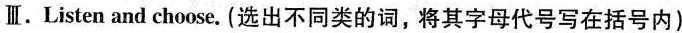
Ⅲ.Listen and choose. (选出不同类的词,将其字母代号写在括号内)